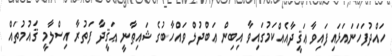
ހައްދުފަހަނައަޅައިފައިވާ ޢަޤީދާއެއްކަމުގައިވާ އިބިން ޢަބްދުލް ވައްހާބުގެ ޝައިޠާނީ ޢަޤީދާ ފަތުރާ އިސްލާމީ ޤައުމުތައް